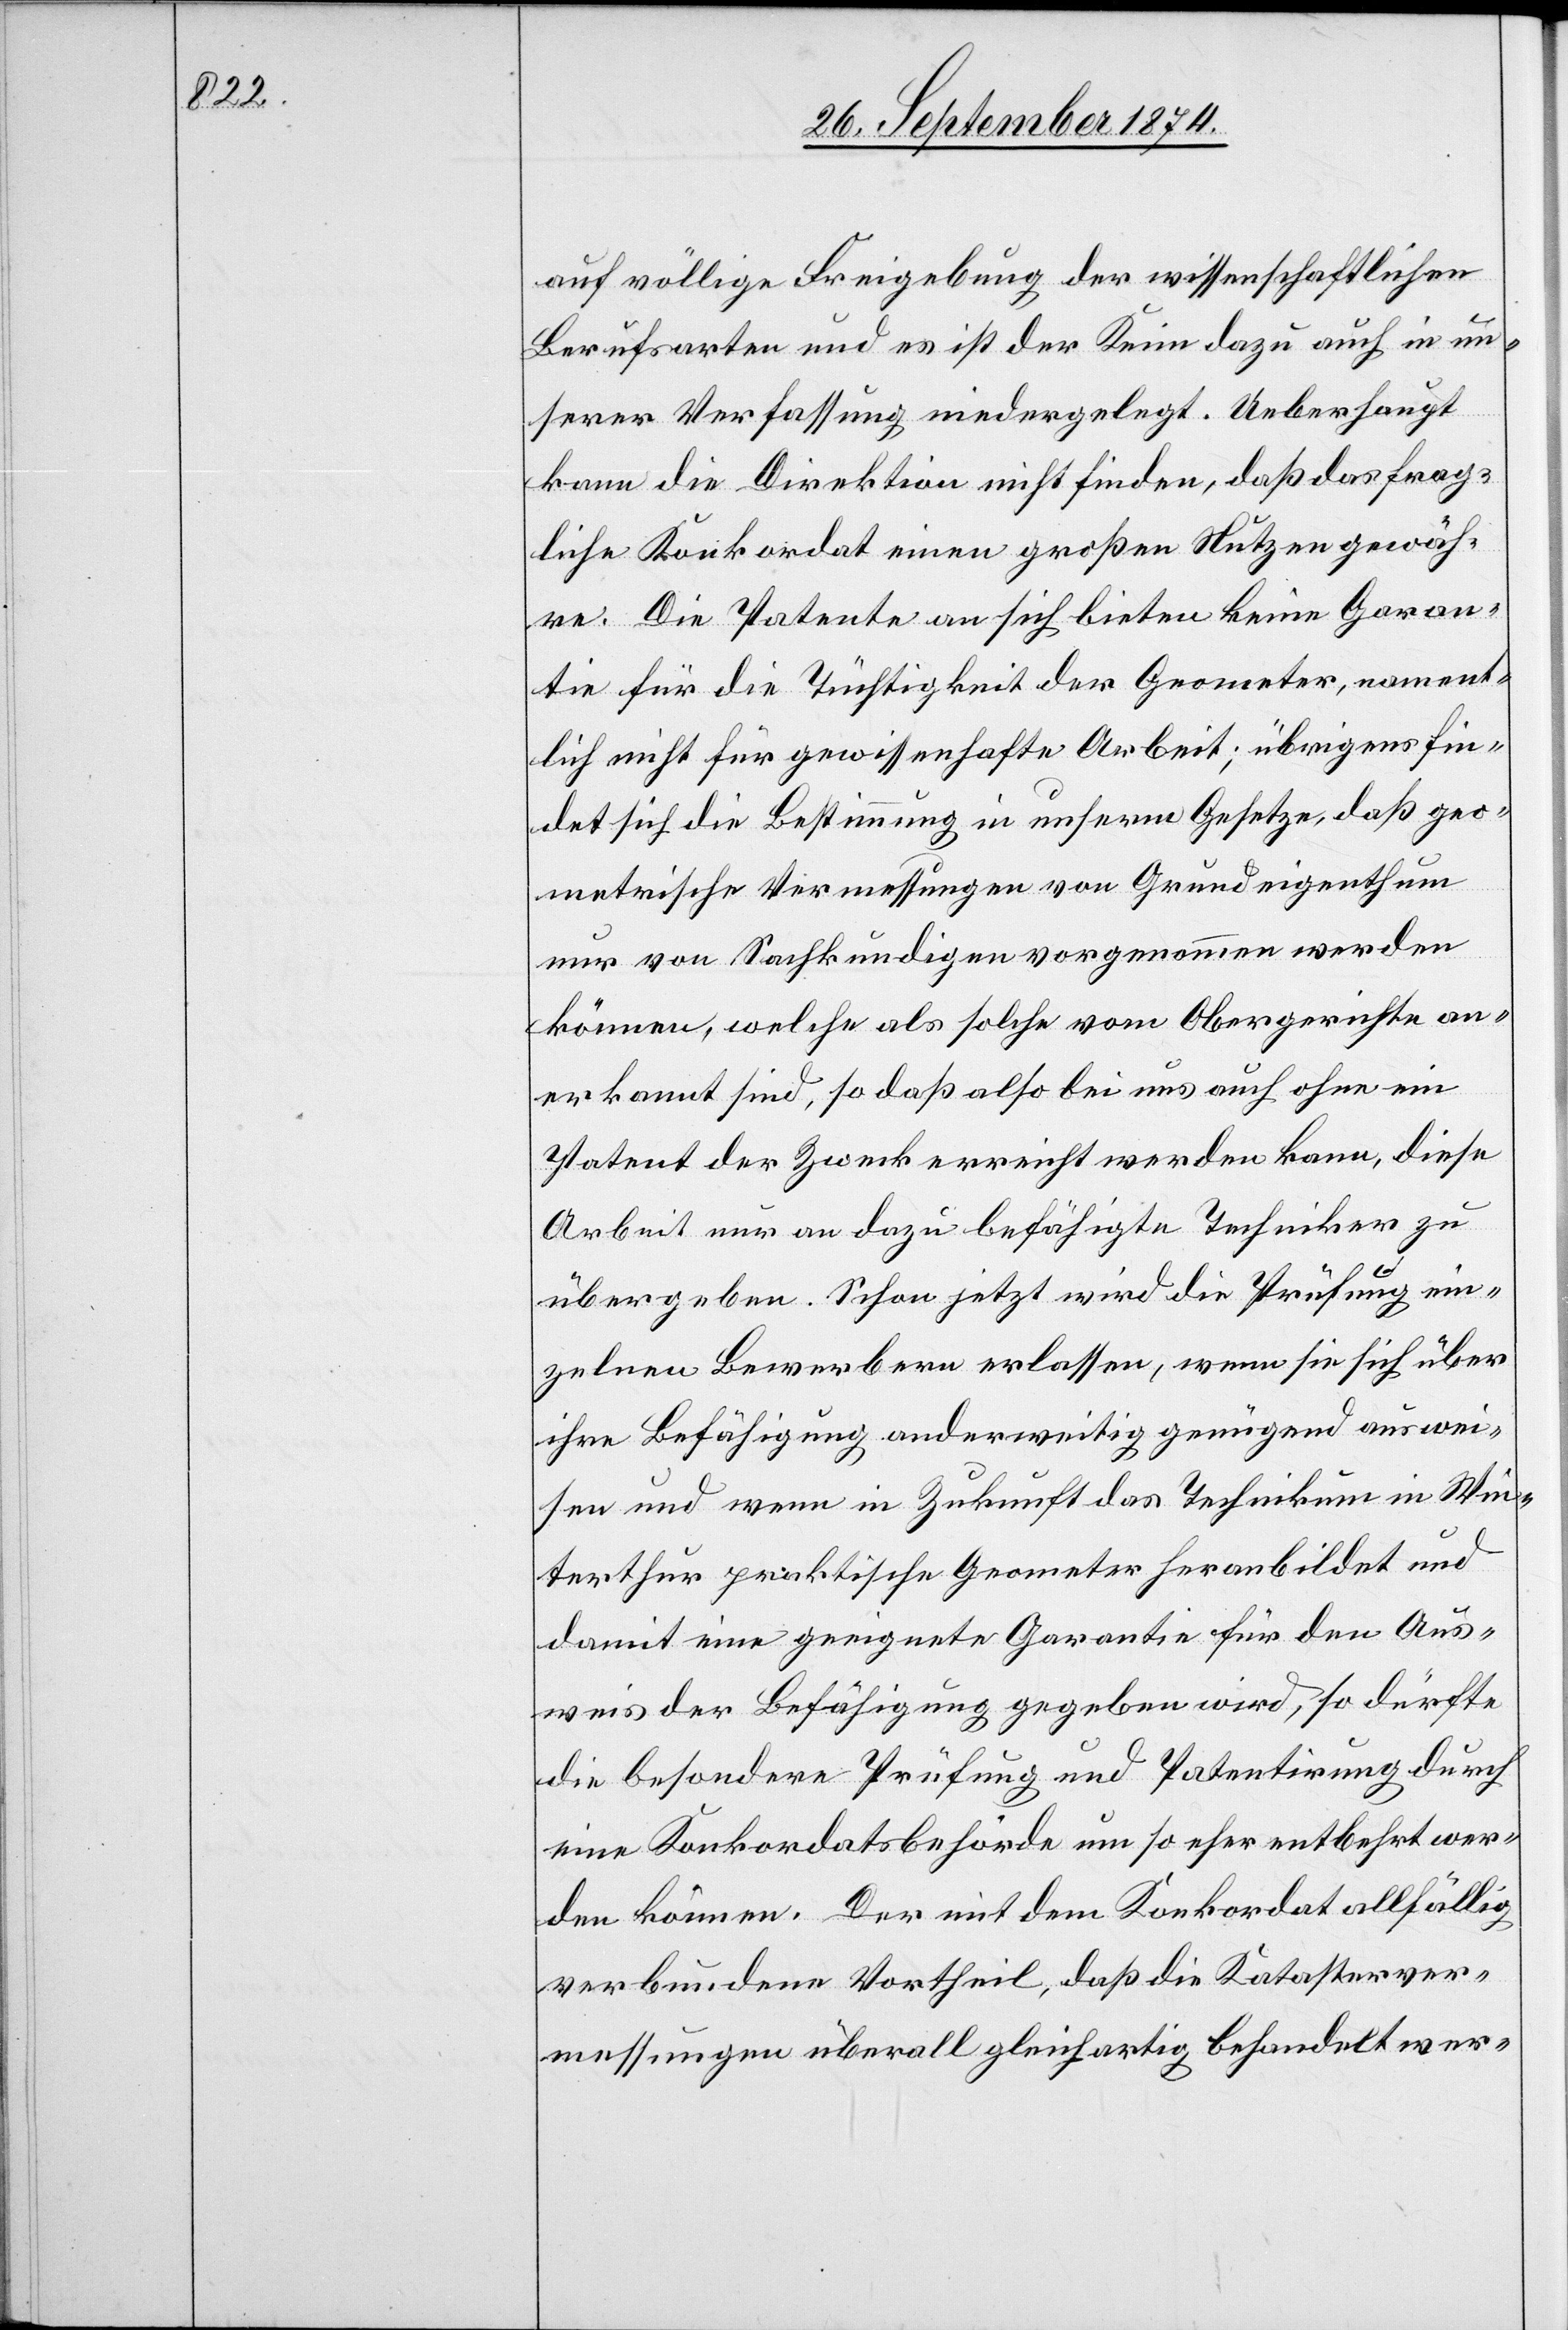
auf völlige Freigebung der wissenschaftlichen
Berufsarten und es ist der Keim dazu auch in un¬
serer Verfassung niedergelegt. Ueberhaupt
kann die Direktion nicht finden, daß das frag¬
liche Konkordat einen großen Nutzen gewäh¬
re. Die Patente an sich bieten keine Garan¬
tie für die Tüchtigkeit der Geometer, nament¬
lich nicht für gewissenhafte Arbeit; übrigens fin¬
det sich die Bestimmung in unserm Gesetze, daß geo¬
metrische Vermessungen von Grundeigenthum
nur von Sachkundigen vorgenommen werden
können, welche als solche vom Obergerichte an¬
erkannt sind, so daß also bei uns auch ohne ein
Patent der Zweck erreicht werden kann, diese
Arbeit nur an dazu befähigte Techniker zu
übergeben. Schon jetzt wird die Prüfung ein¬
zelnen Bewerbern erlassen, wenn sie sich über
ihre Befähigung anderweitig genügend auswei¬
sen und wenn in Zukunft das Technikum in Win¬
terthur praktische Geometer heranbildet und
damit eine geeignete Garantie für den Aus¬
weis der Befähigung gegeben wird, so dürfte
die besondere Prüfung und Patentirung durch
eine Konkordatsbehörde um so eher entbehrt wer¬
den können. Der mit dem Konkordat allfällig
verbundene Vortheil, daß die Katasterver¬
messungen überall gleichartig behandelt wer-